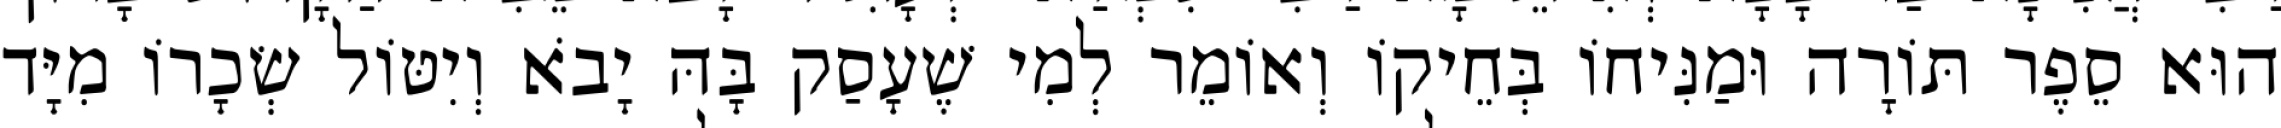
הוּא סֵפֶר תּוֹרָה וּמַנִּיחוֹ בְּחֵיקוֹ וְאוֹמֵר לְמִי שֶׁעָסַק בָּהּ יָבֹא וְיִטּוֹל שְׂכָרוֹ מִיָּד